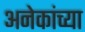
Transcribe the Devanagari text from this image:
अनेकांच्‍या